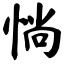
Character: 惝